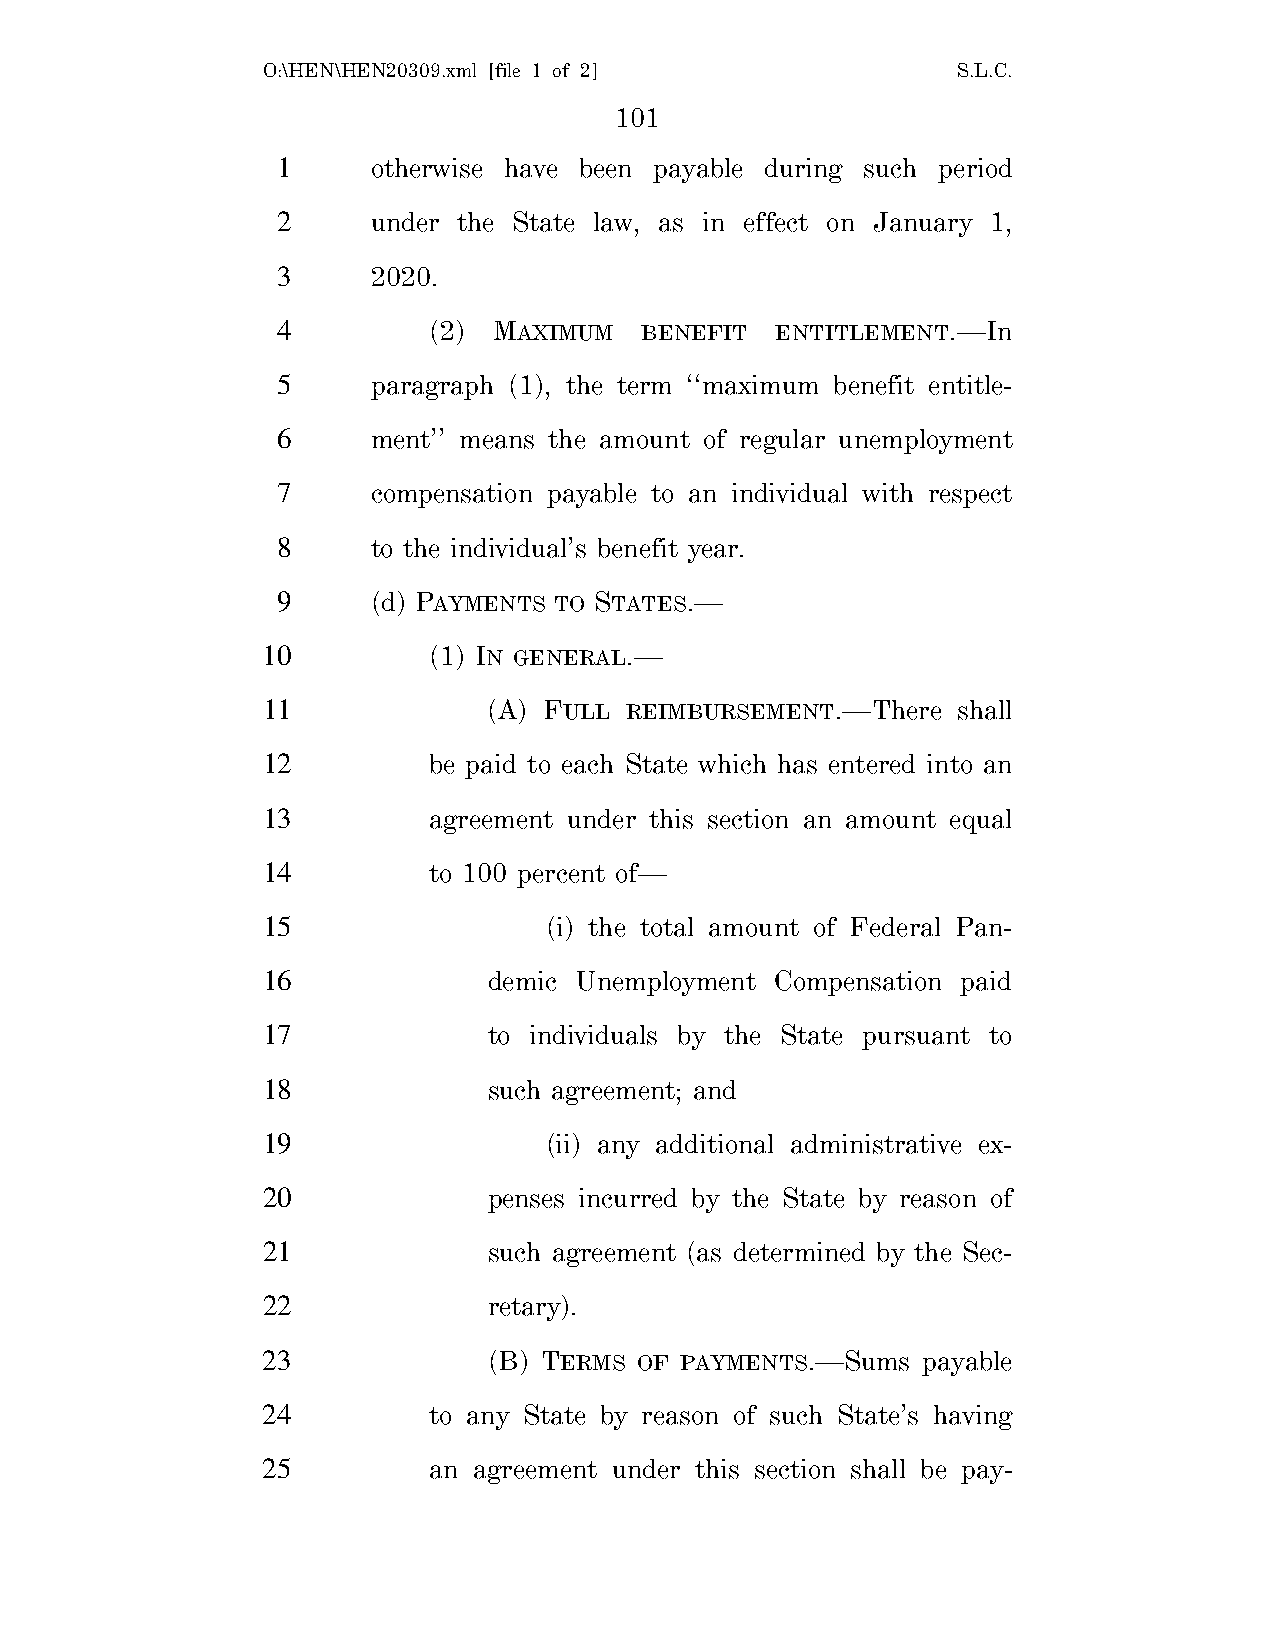
O:\HEN\HEN20309.xml [file 1 of 2]             S.L.C.
 101
 1      otherwise have been payable during such period
 2      under the State law, as in effect on January 1,
 3      2020.
 4         (2)  MAXIMUM  BENEFIT  ENTITLEMENT.—In
 5      paragraph (1), the term ‘‘maximum benefit entitle-
 6      ment’’ means the amount of regular unemployment
 7      compensation payable to an individual with respect
 8      to the individual’s benefit year.
 9      (d) PAYMENTS TO STATES.—
 10         (1) IN GENERAL.—
 11             (A) FULL REIMBURSEMENT.—There  shall
 12         be paid to each State which has entered into an
 13         agreement under this section an amount equal
 14         to 100 percent of—
 15                 (i) the total amount of Federal Pan-
 16             demic Unemployment Compensation paid
 17             to individuals by the State pursuant to
 18             such agreement; and
 19                 (ii) any additional administrative ex-
 20             penses incurred by the State by reason of
 21             such agreement (as determined by the Sec-
 22             retary).
 23             (B) TERMS OF PAYMENTS.—Sums  payable
 24         to any State by reason of such State’s having
 25         an agreement under this section shall be pay-